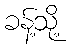
ခန့်သို့